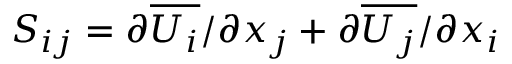
S _ { i j } = { \partial \overline { { U _ { i } } } / \partial x _ { j } } + { \partial \overline { { U _ { j } } } / \partial x _ { i } }